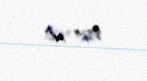
8514 ml